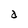
Character: d